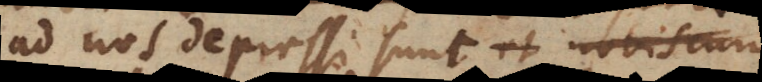
ad nos depressi sunt, hi enim